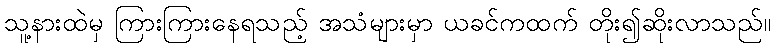
သူ့နားထဲမှ ကြားကြားနေရသည့် အသံများမှာ ယခင်ကထက် တိုး၍ဆိုးလာသည်။